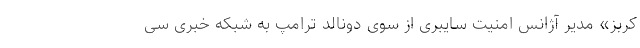
کربز» مدیر آژانس امنیت سایبری از سوی دونالد ترامپ به شبکه خبری سی